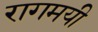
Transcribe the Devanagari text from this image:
रागमयी